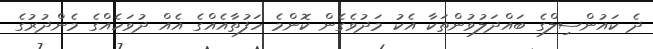
ދެ ކައުންސިލްގެ ބައްދަލުވުންތަކާ އެކު މަދުވެގެން ކޮންމެ ހަފުތާއެެއްގެ އެެއް ދުވަހެއްގެ މެންދުރުގެ